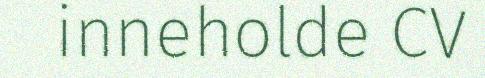
inneholde CV